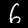
Label: 6